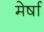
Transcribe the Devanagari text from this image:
मेर्षा